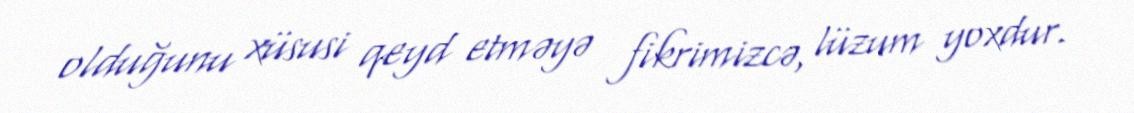
olduğunu xüsusi qeyd etməyə fikrimizcə, lüzum yoxdur.